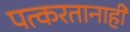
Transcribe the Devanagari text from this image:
पत्करतानाही